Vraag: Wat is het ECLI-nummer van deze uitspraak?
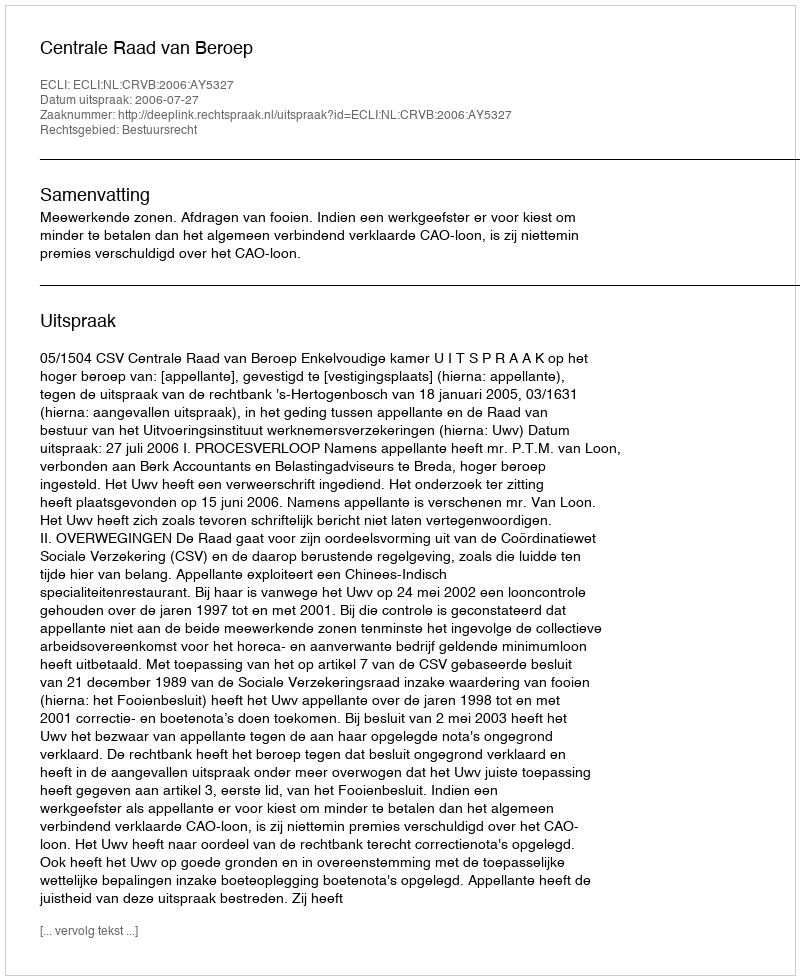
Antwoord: ECLI:NL:CRVB:2006:AY5327